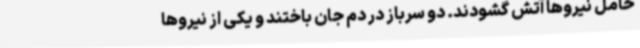
حامل نیروها آتش گشودند. دو سرباز در دم جان باختند و یکی از نیروها